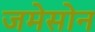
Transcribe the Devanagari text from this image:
जमेसोन